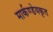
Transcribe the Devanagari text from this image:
मार्कण्डेयकृत